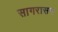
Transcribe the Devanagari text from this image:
सागरासम